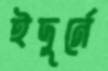
ইদুর্নে